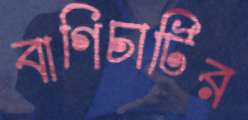
বাগিচাটির